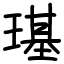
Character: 璂